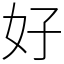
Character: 好